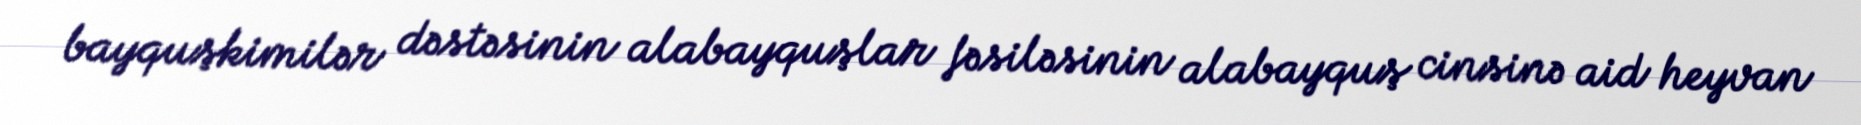
bayquşkimilər dəstəsinin alabayquşlar fəsiləsinin alabayquş cinsinə aid heyvan